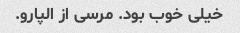
خیلی خوب بود. مرسی از الپارو.